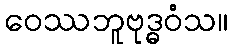
ဝေဿဘူဗုဒ္ဓဝံသ။